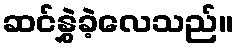
ဆင်နွှဲခဲ့လေသည်။